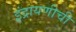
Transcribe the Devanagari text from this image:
इंद्रायणीची